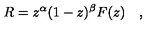
R = z ^ { \alpha } ( 1 - z ) ^ { \beta } F ( z ) \quad ,